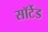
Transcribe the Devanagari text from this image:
सॉर्टेड